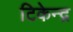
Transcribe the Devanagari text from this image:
टिकेन्द्र